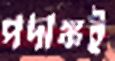
পদাঙ্কই